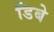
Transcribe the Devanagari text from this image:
डिबे